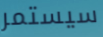
سيستمر